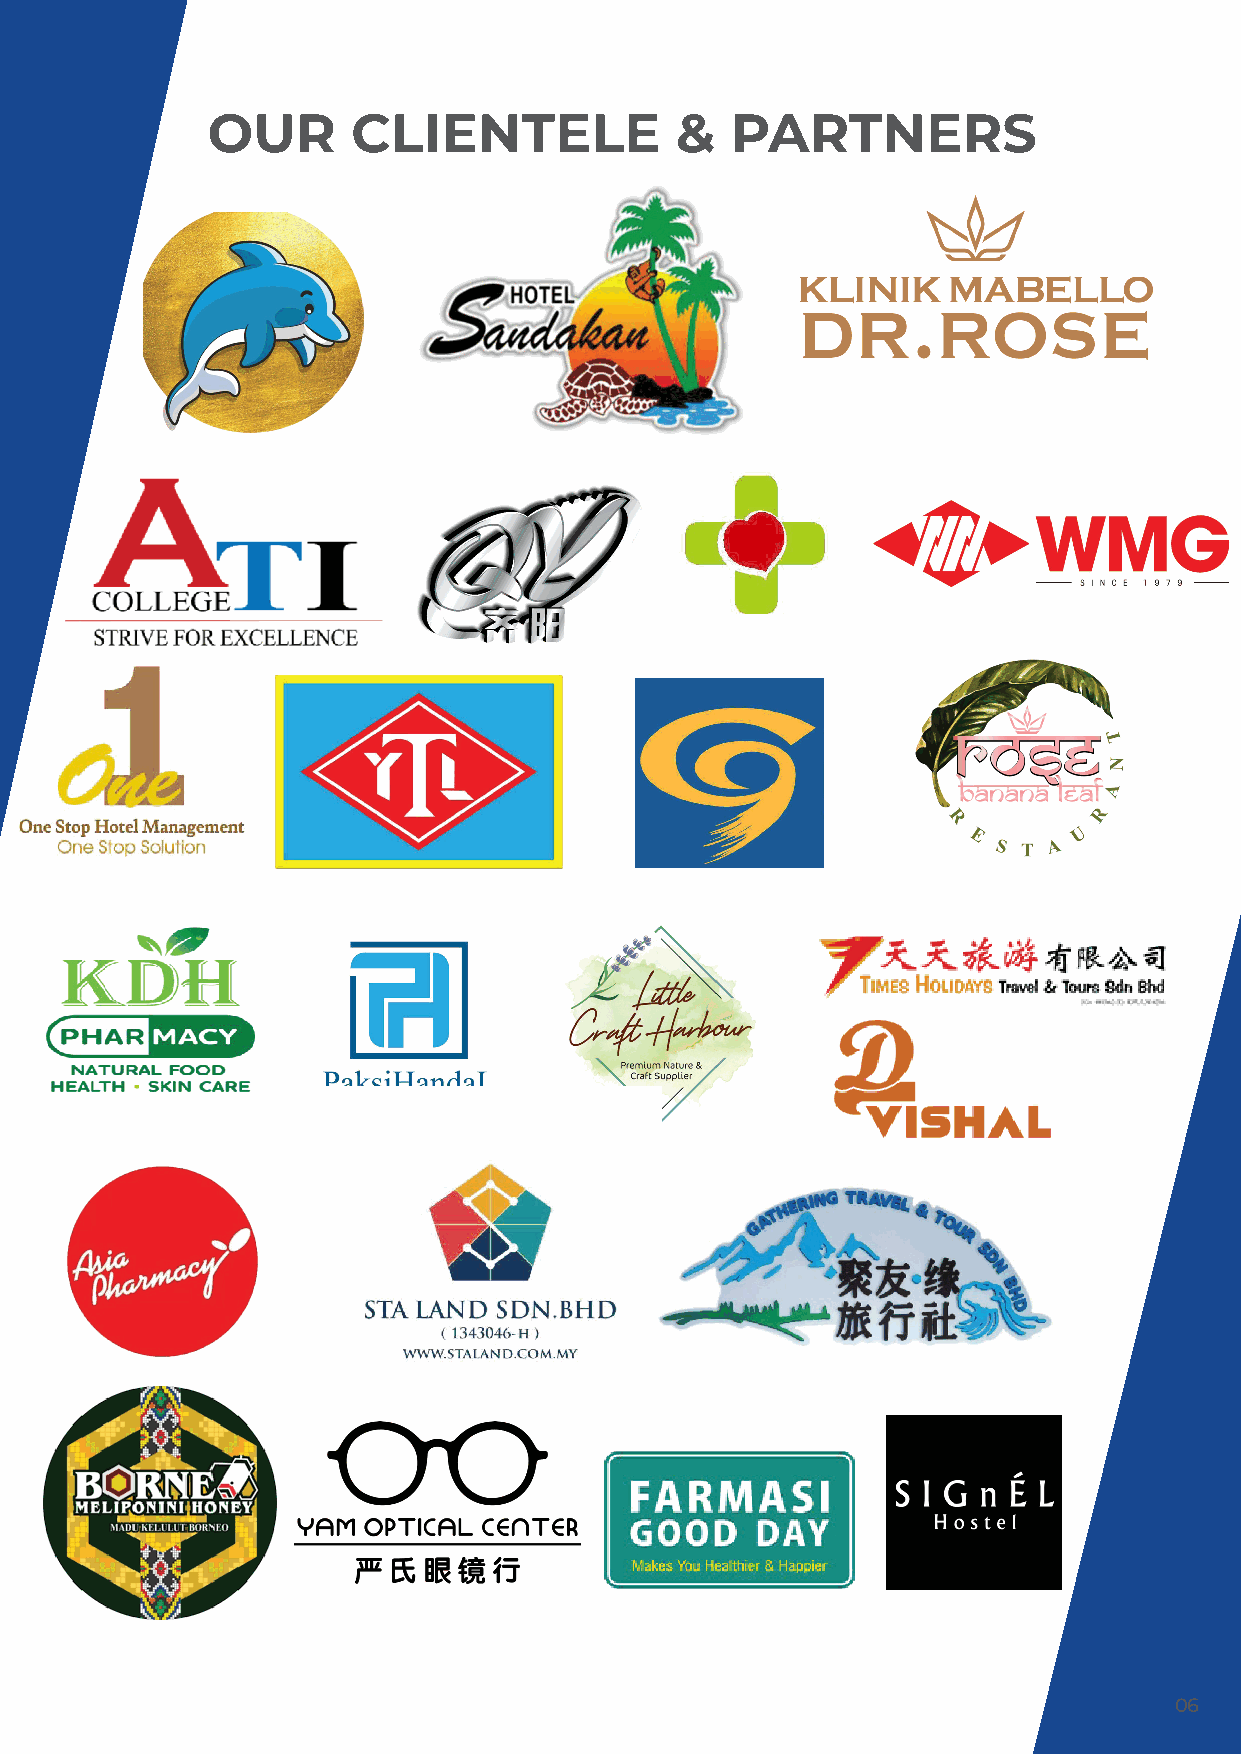
OUR      CLIENTELE             &  PARTNERS
 06